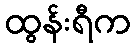
ထွန်းရီက